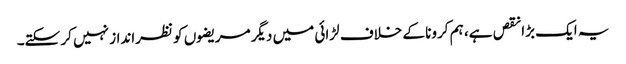
یہ ایک بڑا نقص ہے، ہم کرونا کے خلاف لڑائی میں دیگر مریضوں کو نظرانداز نہیں کر سکتے۔